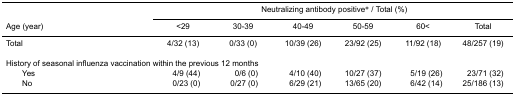
<table><thead><tr><td rowspan="2"></td><td colspan="6"><b>Neutralizing antibody positive* / Total (%)</b></td></tr><tr><td><b>Age (year)</b></td><td><b>&lt;29</b></td><td><b>30-39</b></td><td><b>40-49</b></td><td><b>50-59</b></td><td><b>60&lt;</b></td><td><b>Total</b></td></tr></thead><tbody><tr><td>Total</td><td>4/32 (13)</td><td>0/33 (0)</td><td>10/39 (26)</td><td>23/92 (25)</td><td>11/92 (18)</td><td>48/257 (19)</td></tr><tr><td colspan="7">History of seasonal influenza vaccination within the previous 12 months</td></tr><tr><td> Yes</td><td>4/9 (44)</td><td>0/6 (0)</td><td>4/10 (40)</td><td>10/27 (37)</td><td>5/19 (26)</td><td>23/71 (32)</td></tr><tr><td> No</td><td>0/23 (0)</td><td>0/27 (0)</td><td>6/29 (21)</td><td>13/65 (20)</td><td>6/42 (14)</td><td>25/186 (13)</td></tr></tbody></table>